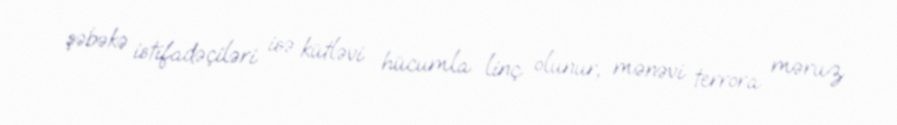
şəbəkə istifadəçiləri isə kütləvi hücumla linç olunur, mənəvi terrora məruz